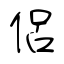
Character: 侶